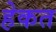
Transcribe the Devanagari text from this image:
हेकत